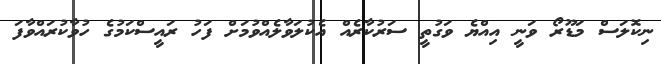
ނިކޮލަސް މަޑޫރޯ ވަނީ އިއްޔެ ވަގުތީ ސަރުކާރެއް އެކުލަވާލެއްވުމަށް ފަހު ރައީސްކަމުގެ ހުވާކުރައްވާފަ